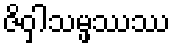
ဇိဝှါသမ္ဖဿဿ